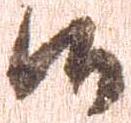
候